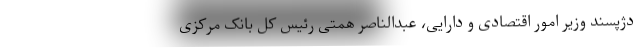
دژپسند وزیر امور اقتصادی و دارایی، عبدالناصر همتی رئیس کل بانک مرکزی